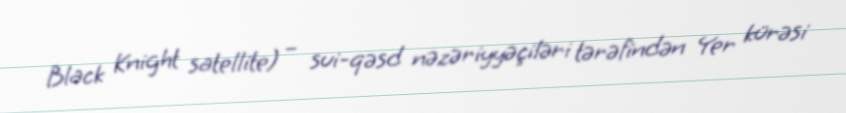
Black Knight satellite) – sui-qəsd nəzəriyyəçiləri tərəfindən Yer kürəsi